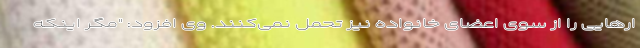
ارهایی را از سوی اعضای خانواده نیز تحمل نمی‌کنند. وی افزود: "مگر اینکه